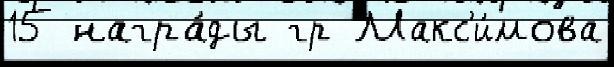
15 награ́ды гр Макс'и́мова